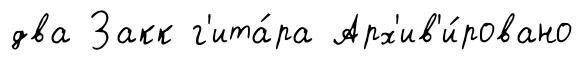
два Закк г'ита́ра Арх'ив'и́ровано